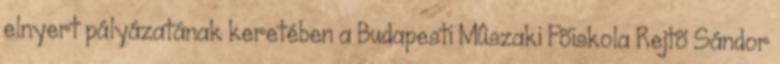
elnyert pályázatának keretében a Budapesti Mûszaki Fõiskola Rejtõ Sándor